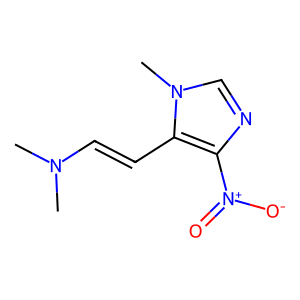
SMILES: CN(C)C=Cc1c([N+](=O)[O-])ncn1C
Inhibits HIV replication: No